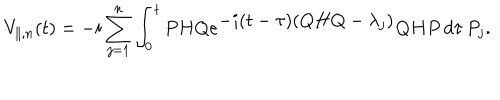
V _ { \parallel , n } ( t ) = - i \sum _ { j = 1 } ^ { n } \int _ { 0 } ^ { t } P H Q e ^ { \textstyle - i ( t - \tau ) ( Q H Q - { \lambda } _ { j } ) } Q H P \, d \tau \, P _ { j } .